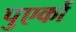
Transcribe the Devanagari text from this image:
पुएर्को